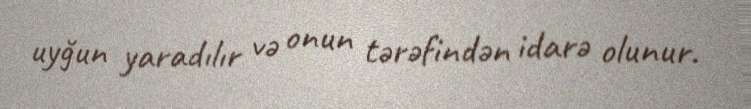
uyğun yaradılır və onun tərəfindən idarə olunur.